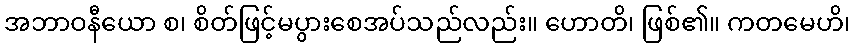
အဘာဝနီယော စ၊ စိတ်ဖြင့်မပွားစေအပ်သည်လည်း။ ဟောတိ၊ ဖြစ်၏။ ကတမေဟိ၊